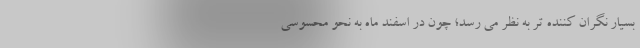
بسیار نگران کننده تر به نظر می رسد؛ چون در اسفند ماه به نحو محسوسی